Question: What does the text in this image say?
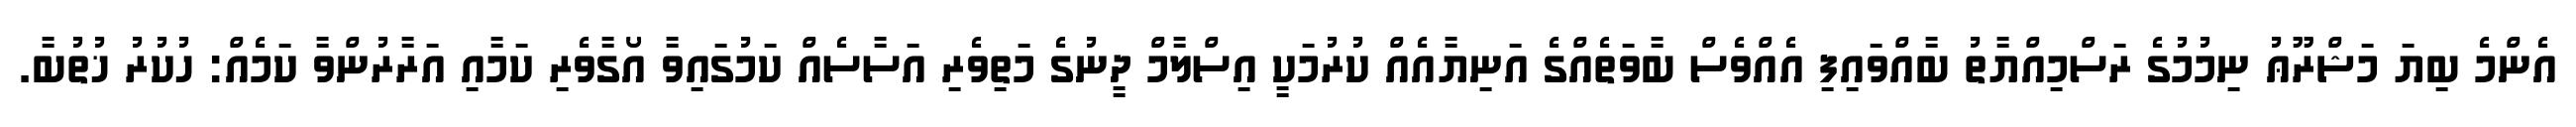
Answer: އެންމެ ބިޔަ މަޝްރޫޢު ނިމުމުގެ ރަސްމިއްޔާތު ބާއްވައިފި އެއްވެސް ބާވަތެއްގެ އަނިޔާއެއް ކުރުމަކީ އިސްލާމް ދީނުގެ މަތިވެރި އަސާސެއް ކަމުގައިވާ އޯގާވެރި ކަމާއި އަރާރުންވާ ކަމެއް: ހުކުރު ޚުތުބާ.